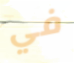
في